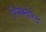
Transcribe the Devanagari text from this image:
रिमेम्बेरेद